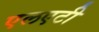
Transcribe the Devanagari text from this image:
एलएटी